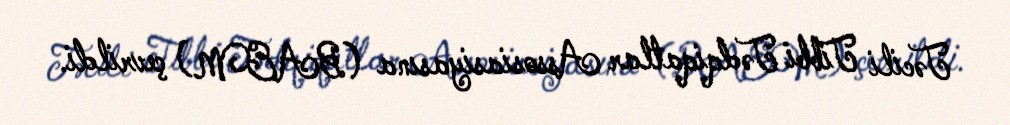
Təcili Tibbi Tədqiqatlar Assosiasiyasına (BAEM) çevrildi.